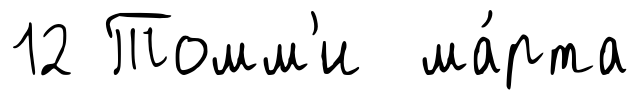
12 Томм'и ма́рта